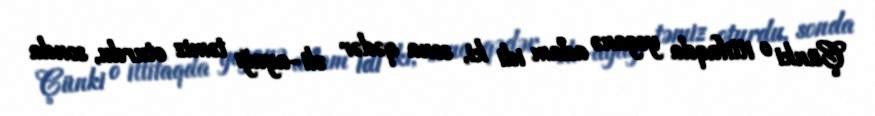
Çünki o ittifaqda yeganə adam idi ki, sona qədər əli-ayağı təmiz oturdu, sonda